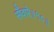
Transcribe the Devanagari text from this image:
सँवारे॥१०॥